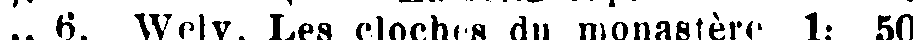
6. Wely. Les cloches du monastère 1: 50